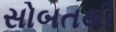
સોબતથી